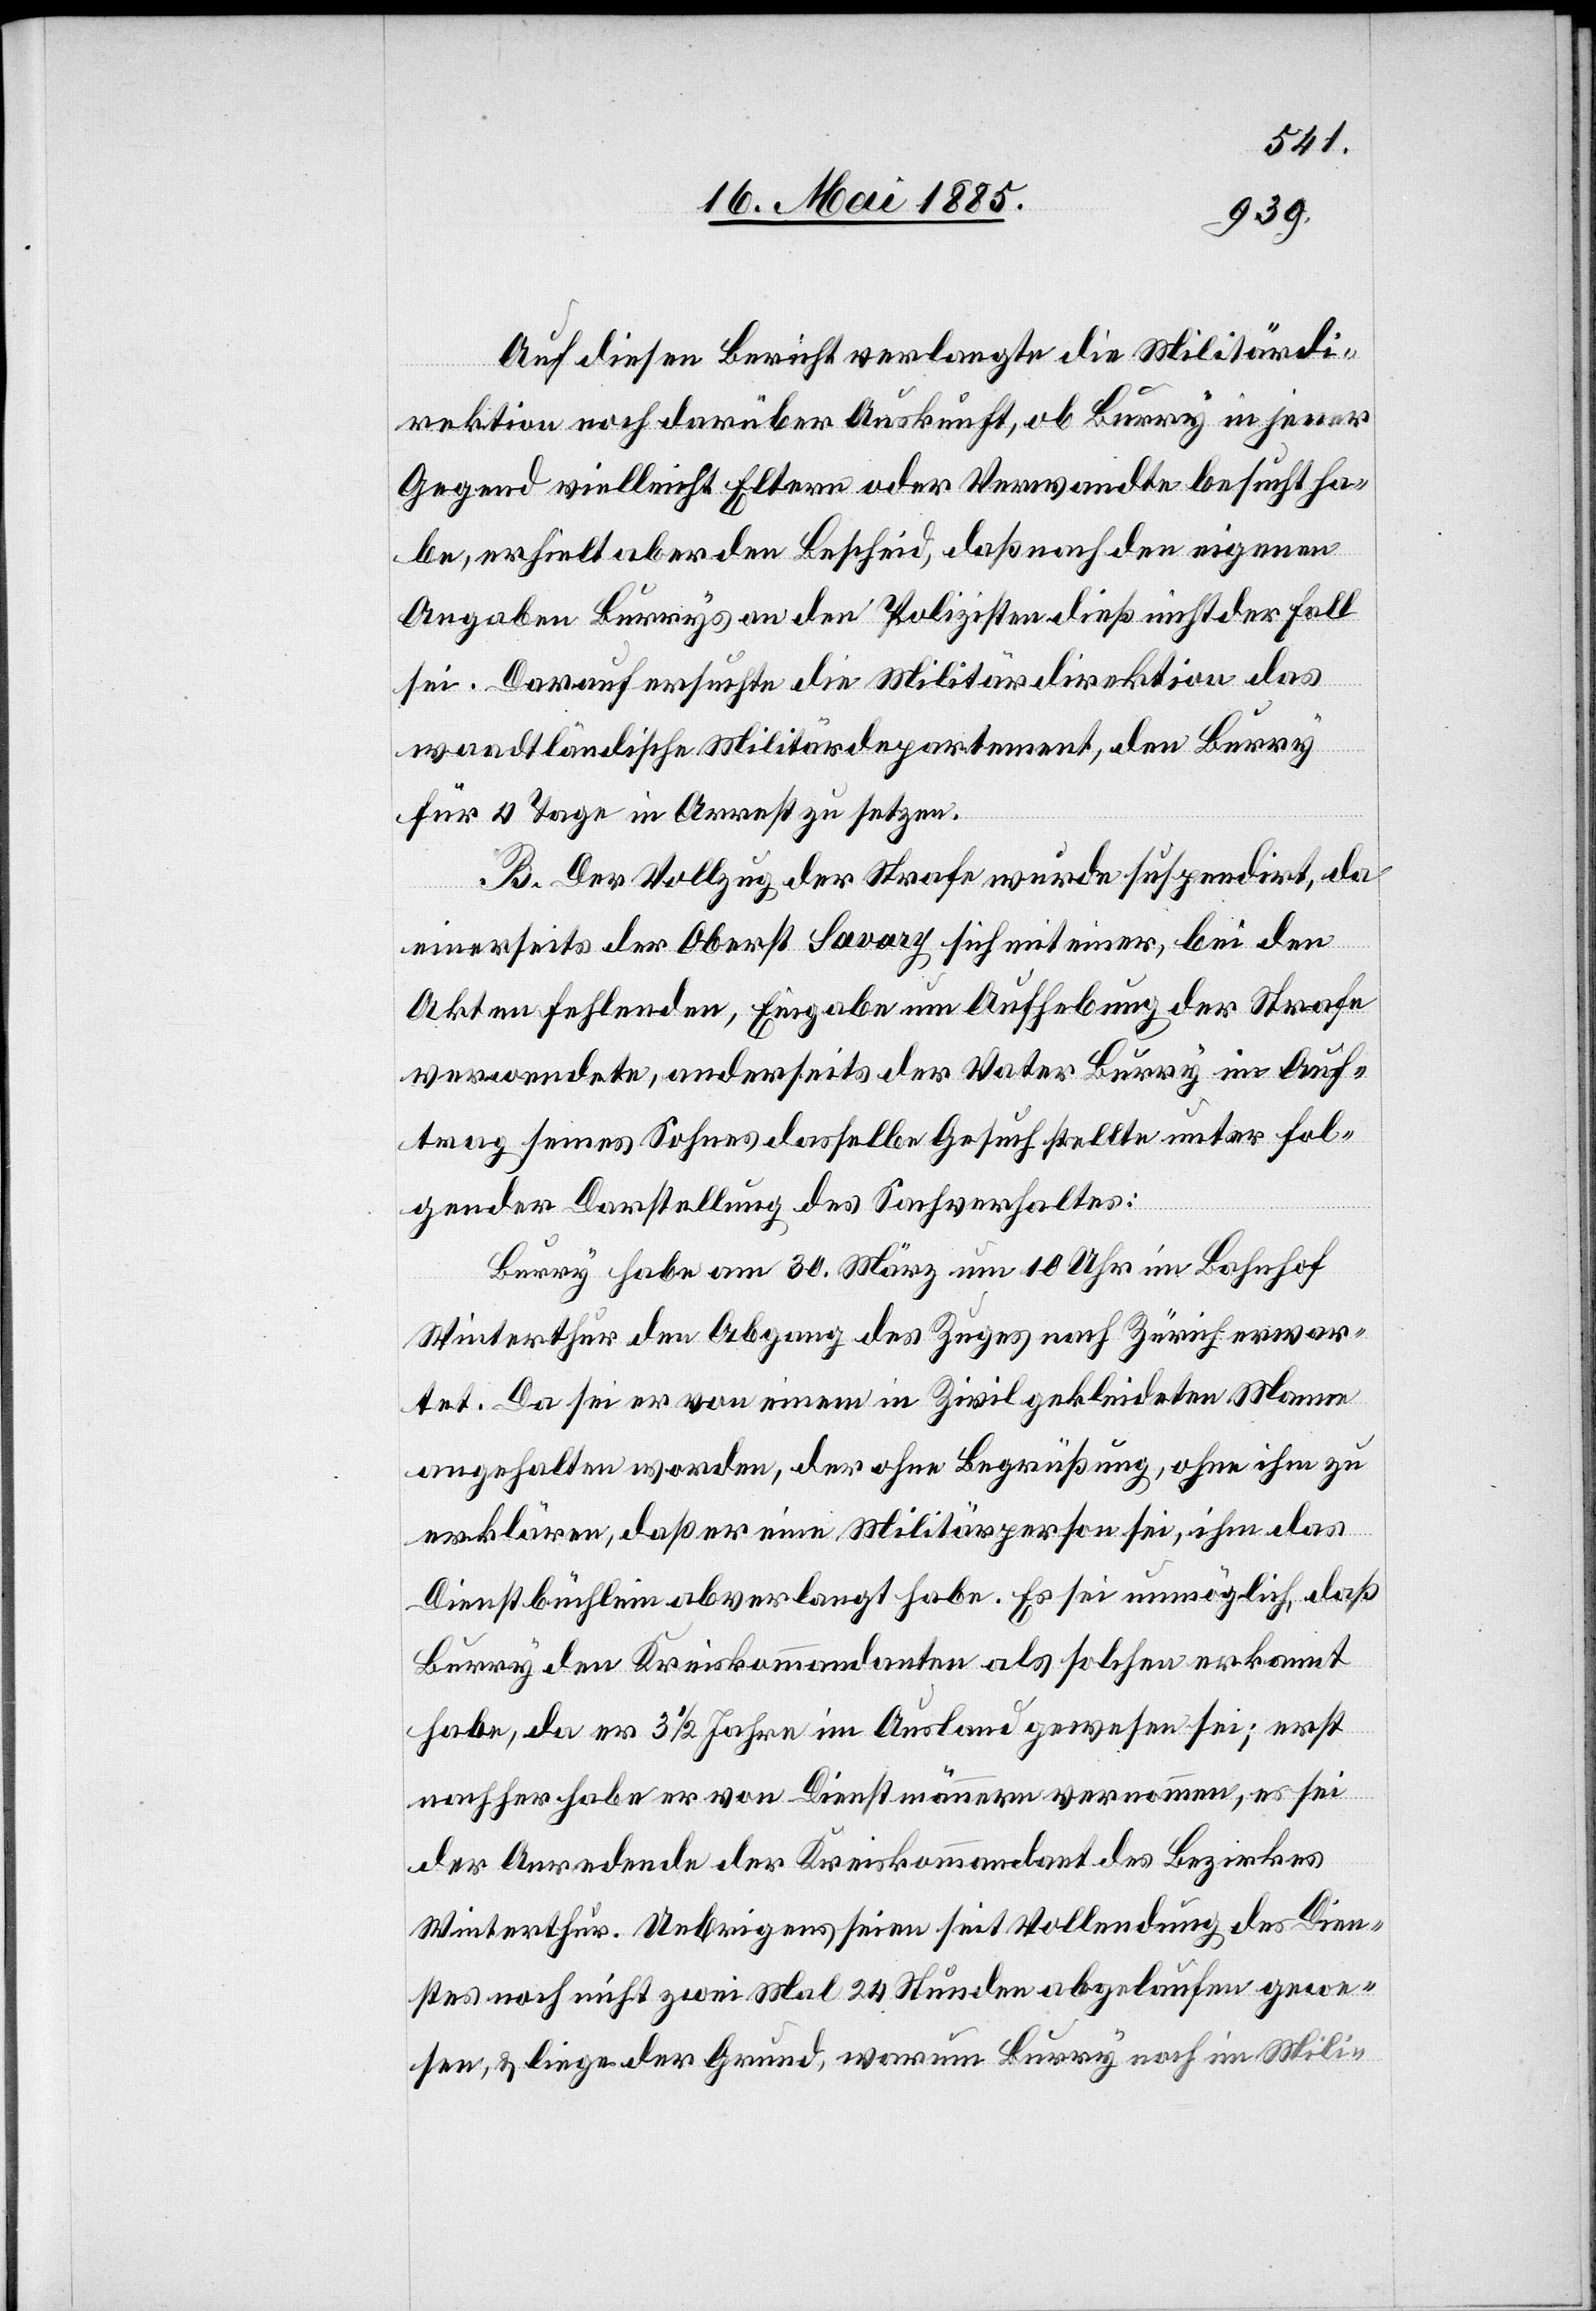
Auf diesen Bericht verlangte die Militärdi¬
rektion noch darüber Auskunft, ob Burry in jener
Gegend vielleicht Eltern oder Verwandte besucht ha¬
be, erhielt aber den Bescheid, daß nach den eigenen
Angaben Burrys an den Polizisten dieß nicht der Fall
sei. Darauf ersuchte die Militärdirektion das
waadtländische Militärdepartement, den Burry
für 4 Tage in Arrest zu setzen.
B. Der Vollzug der Strafe wurde suspendirt, da
einerseits der Oberst Savary sich mit einer, bei den
Akten fehlenden, Eingabe um Aufhebung der Strafe
verwendete, anderseits der Vater Burry im Auf¬
trag seines Sohnes dasselbe Gesuch stellte unter fol¬
gender Darstellung des Sachverhaltes:
Burry habe am 30. März um 10 Uhr im Bahnhof
Winterthur den Abgang des Zuges nach Zürich erwar¬
tet. Da sei er von einem in Zivil gekleideten Manne
angehalten worden, der ohne Begrüßung, ohne ihm zu
erklären, daß er eine Militärperson sei, ihm das
Dienstbüchlein abverlangt habe. Es sei unmöglich, daß
Burry den Kreiskommandanten als solchen erkannt
habe, da er 3 1/2 Jahre im Ausland gewesen sei; erst
nachher habe er von Dienstmännern vernommen, es sei
der Anredende der Kreiskommandant des Bezirkes
Winterthur. Uebrigens seien seit Vollendung des Dien¬
stes noch nicht zwei Mal 24 Stunden abgelaufen gewe¬
sen, & liege der Grund, warum Burry noch im Mili-